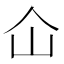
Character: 仚